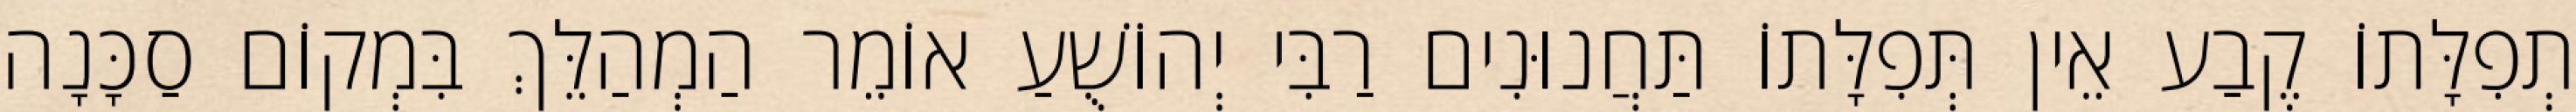
תְפִלָּתוֹ קֶבַע אֵין תְּפִלָּתוֹ תַּחֲנוּנִים רַבִּי יְהוֹשֻׁעַ אוֹמֵר הַמְהַלֵּךְ בִּמְקוֹם סַכָּנָה